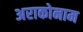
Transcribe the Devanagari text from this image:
अराकोनाम